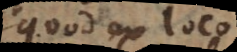
quod ex loco